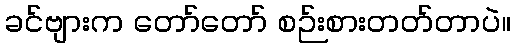
ခင်ဗျားက တော်တော် စဉ်းစားတတ်တာပဲ။